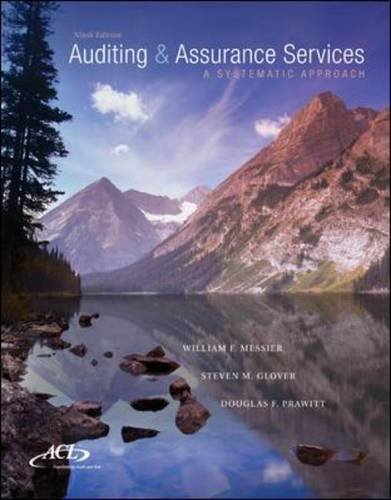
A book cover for MP Auditing & Assurance Services w/ ACL Software CD-ROM: A Systematic Approach; William Messier Jr; Business & Money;